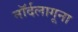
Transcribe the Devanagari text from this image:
नॉर्दलागूना